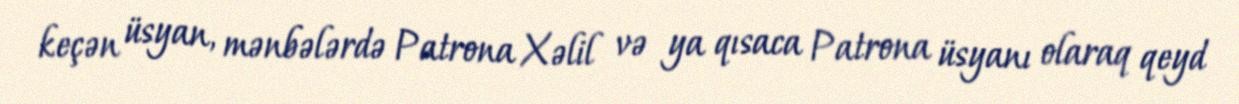
keçən üsyan, mənbələrdə Patrona Xəlil və ya qısaca Patrona üsyanı olaraq qeyd